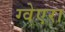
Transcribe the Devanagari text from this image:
ग्वेएरा